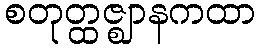
စတုတ္ထဇ္ဈာနကထာ